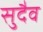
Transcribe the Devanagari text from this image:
सुदैव